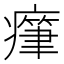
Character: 𤺭